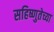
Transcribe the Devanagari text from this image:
सहिष्णुतेच्या